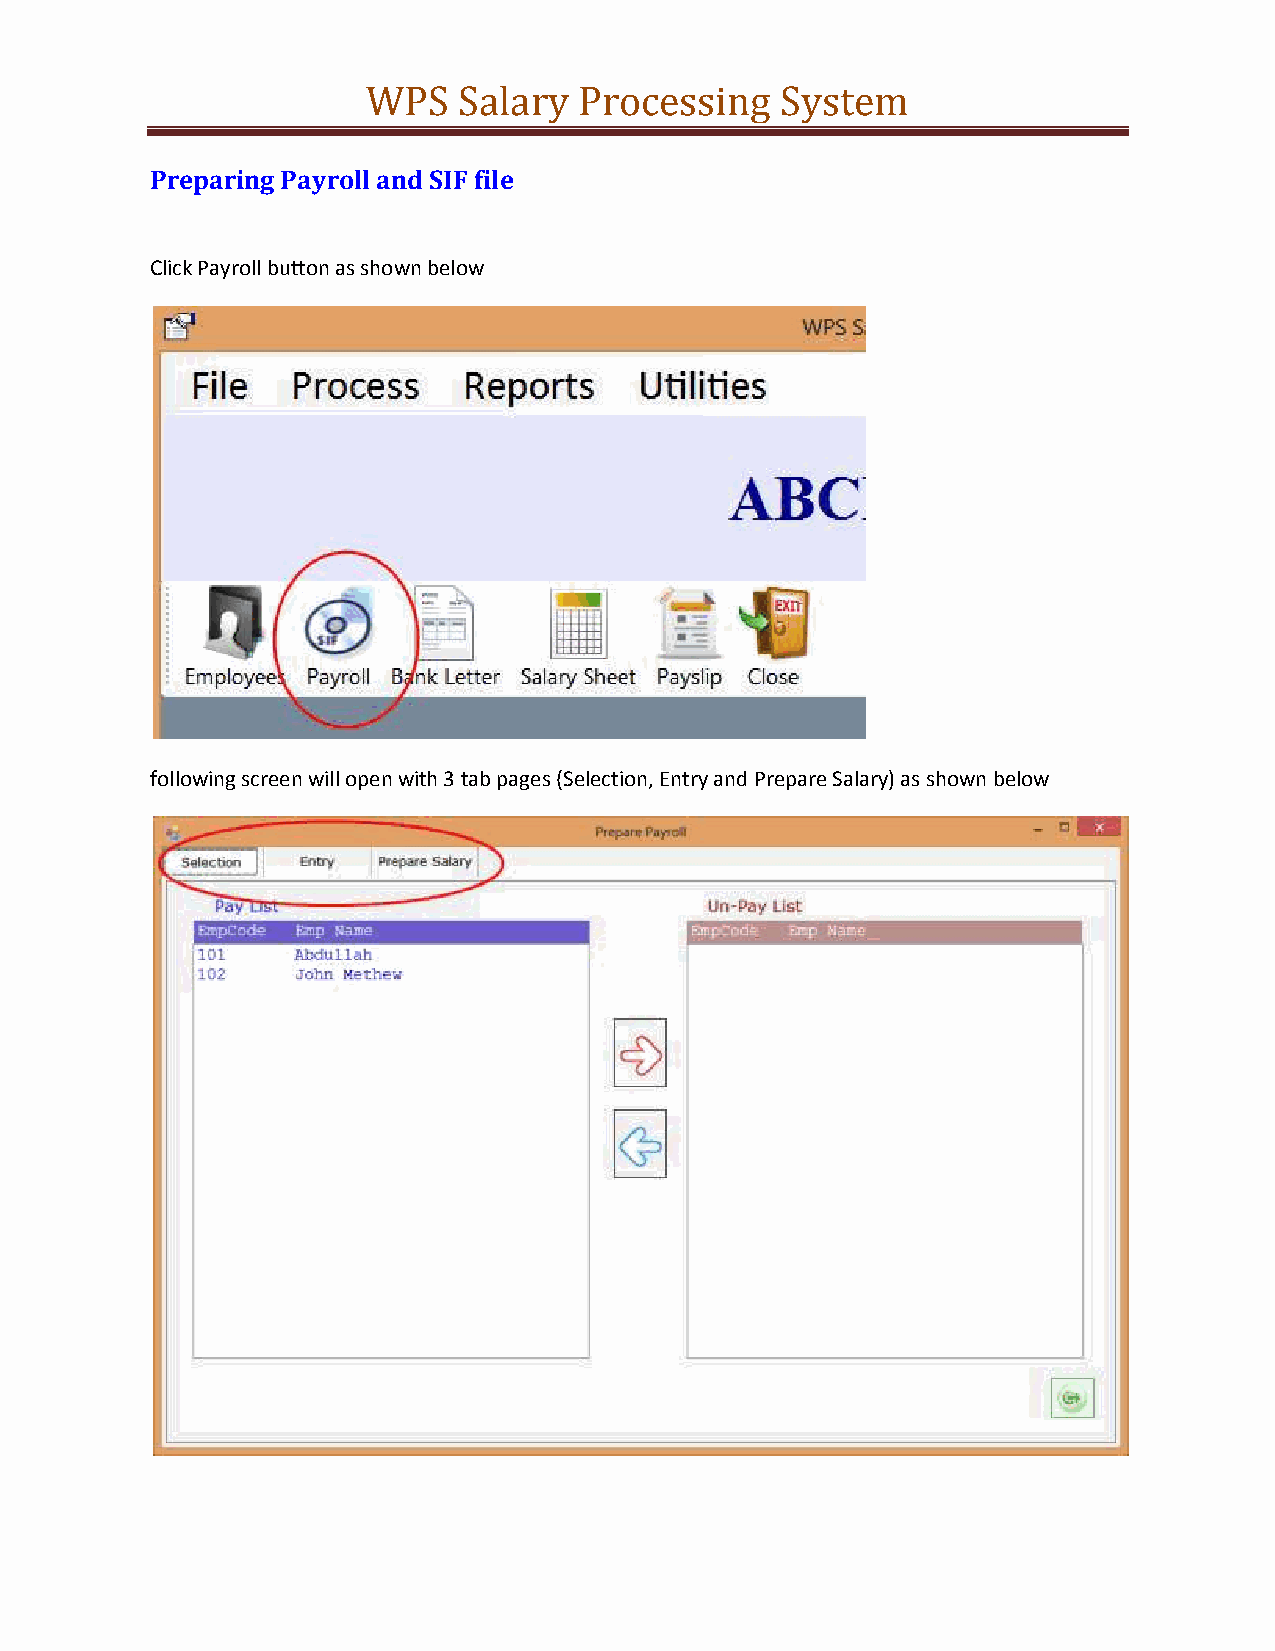
WPS   Salary  Processing    System
 Preparing Payroll and SIF file
 Click Payroll button as shown below
 following screen will open with 3 tab pages (Selection, Entry and Prepare Salary) as shown below